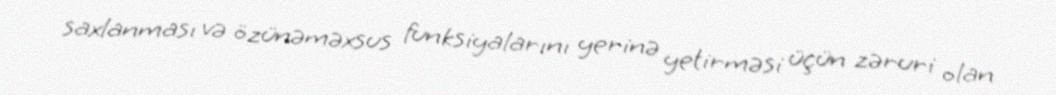
saxlanması və özünəməxsus funksiyalarını yerinə yetirməsi üçün zəruri olan